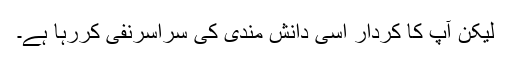
لیکن آپ کا کردار اسی دانش مندی کی سراسرنفی کررہا ہے۔